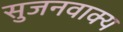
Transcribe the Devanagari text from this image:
सुजनवाक्य